Indian journal of veterinary science and animal husbandry - Volumes 18-21, 1948-1951
Year: 1948
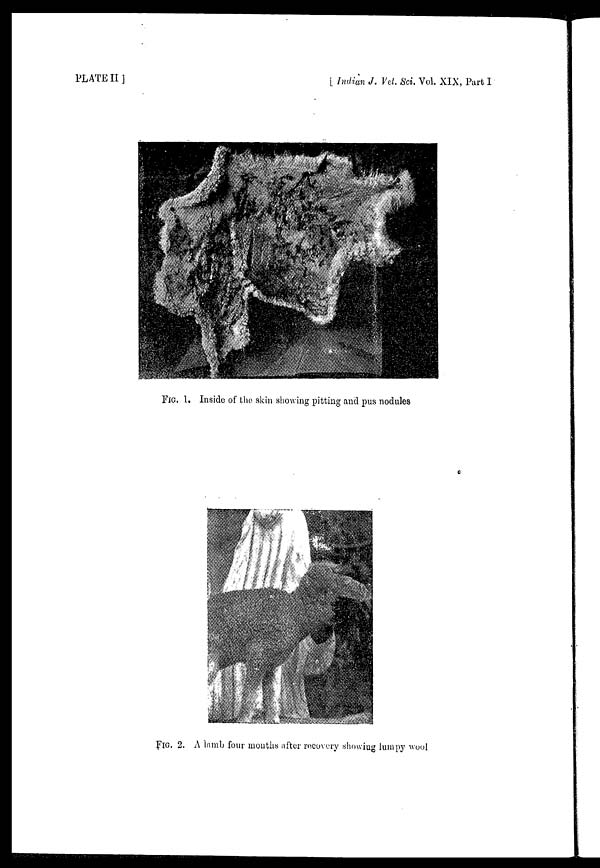
PLATE II]
[Indian J. Vel. Sci. Vol. XIX, Part I
FIG. 1. Inside of the skin showing pitting and pus nodules
FIG. 2. A lamb four months after recovery showing lumpy wool